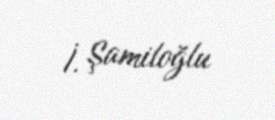
İ. Şamiloğlu